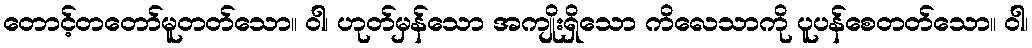
တောင့်တတော်မူတတ်သော။ ဝါ၊ ဟုတ်မှန်သော အကျိုးရှိသော ကိလေသာကို ပူပန်စေတတ်သော။ ဝါ၊